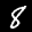
Label: 8